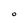
Character: O